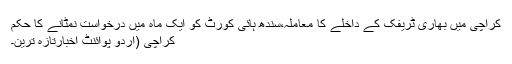
کراچی میں بھاری ٹریفک کے داخلے کا معاملہ،سندھ ہائی کورٹ کو ایک ماہ میں درخواست نمٹانے کا حکم
کراچی (اُردو پوائنٹ اخبارتازہ ترین۔